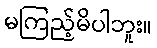
မကြည့်မိပါဘူး။